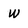
Character: W